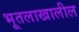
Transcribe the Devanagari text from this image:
भूतलाखालील